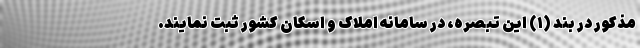
مذکور در بند (۱) این تبصره، در سامانه املاک و اسکان کشور ثبت نمایند.